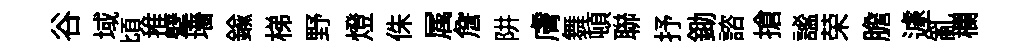
谷域頃推擘墻鍮梯野燈侏属詹阱膚舞頓聯抒鋤諮搶謐荣膽遽亂欄